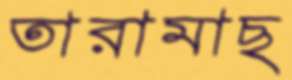
তারামাছ